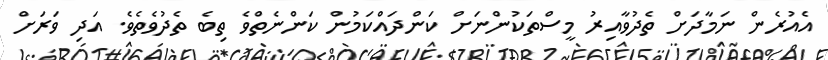
އެއުރެން ނަމާދަށް ތެދުވާއިރު މީސްތަކުންނަށް ކަންދައްކަމުން ކަންނެތްވެ ތިބެ ތެދުވެތެވެ. އަދި ވަރަށް